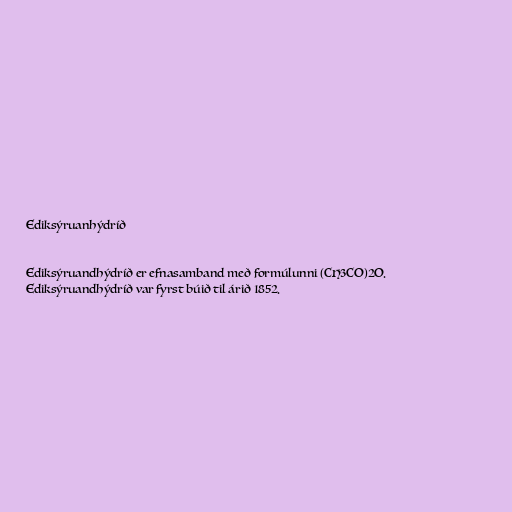
Ediksýruanhýdríð

Ediksýruandhýdríð er efnasamband með formúlunni (CH3CO)2O.
Ediksýruandhýdríð var fyrst búið til árið 1852.